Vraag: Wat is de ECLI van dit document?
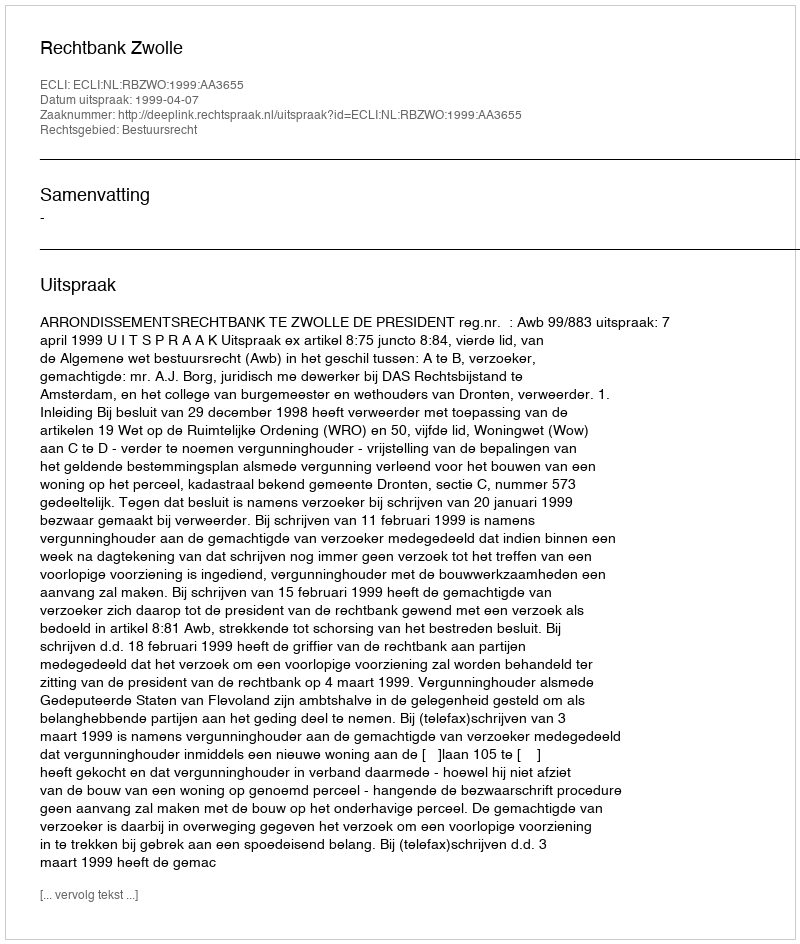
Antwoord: ECLI:NL:RBZWO:1999:AA3655